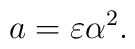
a= \varepsilon \alpha^2.